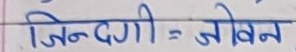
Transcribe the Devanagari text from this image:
जिन्दगी = जीवन